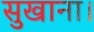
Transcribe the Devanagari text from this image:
सुखाना।